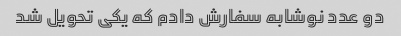
دو عدد نوشابه سفارش دادم که یکی تحویل شد